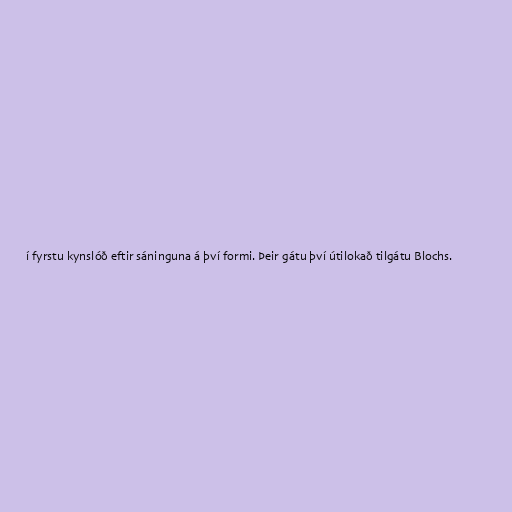
í fyrstu kynslóð eftir sáninguna á því formi. Þeir gátu því útilokað tilgátu Blochs.